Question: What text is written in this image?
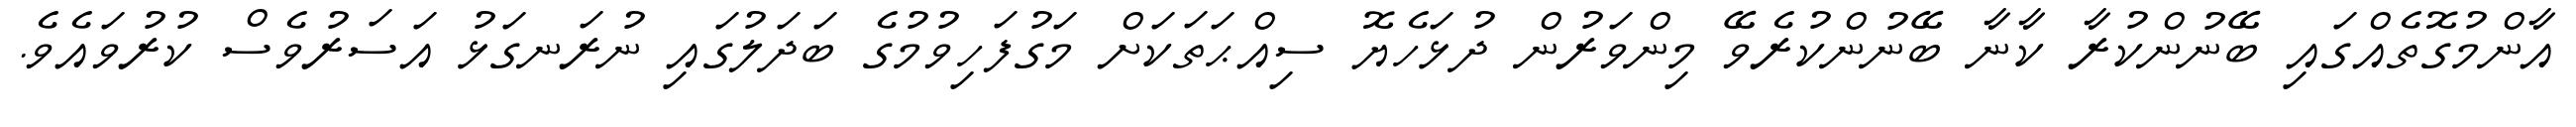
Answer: އާންމުގޮތެއްގައި ބޭނުންކުރާ ކާނާ ބޭނުންކުރެވޭ މިންވަރުން ދުޅަހެޔޮ ސިއްޙަތަކަށް މަގުފަހިވުމުގެ ބަދަލުގައި ނުރަނގަޅު އަސަރުވެސް ކުރުވައެވެ.